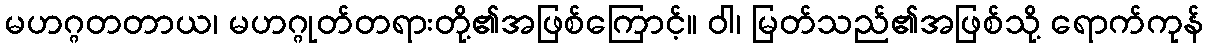
မဟဂ္ဂတတာယ၊ မဟဂ္ဂုတ်တရားတို့၏အဖြစ်ကြောင့်။ ဝါ၊ မြတ်သည်၏အဖြစ်သို့ ရောက်ကုန်